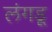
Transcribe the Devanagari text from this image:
लंगडू